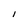
Character: I